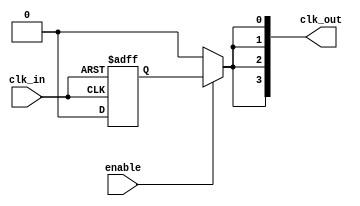
module high_fanout_clock_buffer (
    input wire clk_in,              // Input clock signal
    input wire enable,              // Enable signal for the clock buffer
    output wire [N-1:0] clk_out     // Output clock signals
);
    parameter N = 4;                // Number of output clock signals
    parameter DELAY = 2;            // Propagation delay in simulation (can be adjusted)
    
    wire clk_buffered;              // Buffered clock signal

    // Input Buffer (Schmitt Trigger)
    reg clk_buffered_reg;
    always @(posedge clk_in or negedge clk_in) begin
        if (clk_in) begin
            clk_buffered_reg <= 1'b1; // High state
        end else if (!clk_in) begin
            clk_buffered_reg <= 1'b0; // Low state
        end
    end

    assign clk_buffered = clk_buffered_reg;

    // Fanout Driver Stage
    generate
        genvar i;
        for (i = 0; i < N; i = i + 1) begin : fanout_drivers
            // Output Buffers with adjustable drive strength
            wire clk_out_temp;
            assign clk_out_temp = clk_buffered;

            // Introducing delay for propagation simulation
            assign #DELAY clk_out[i] = enable ? clk_out_temp : 1'b0;
        end
    endgenerate

endmodule